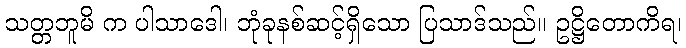
သတ္တဘူမိ က ပါသာဒေါ၊ ဘုံခုနစ်ဆင့်ရှိသော ပြသာဒ်သည်။ ဥဋ္ဌိတောကိရ၊